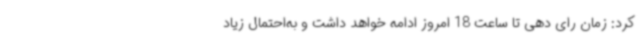
کرد: زمان رای دهی تا ساعت 18 امروز ادامه خواهد داشت و به‌احتمال زیاد